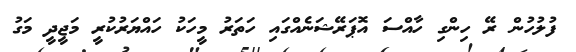
ފުލުހުން ރޭ ހިންގި ހާއްސަ އޮޕަރޭޝަނެއްގައި ހަތަރު މީހަކު ހައްޔަރުކުރީ މަޖީދީ މަގު